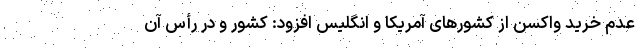
عدم خرید واکسن از کشورهای آمریکا و انگلیس افزود: کشور و در رأس آن